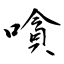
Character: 嗿